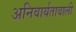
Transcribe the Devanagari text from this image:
अनिवार्यतावाली